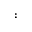
: